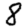
Digit: 8